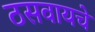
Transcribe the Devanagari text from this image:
ठसवायचे